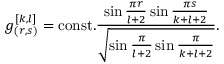
g _ { ( r , s ) } ^ { [ k , l ] } = \mathrm { c o n s t . } { \frac { \sin { \frac { \pi r } { l + 2 } } \sin { \frac { \pi s } { k + l + 2 } } } { \sqrt { \sin { \frac { \pi } { l + 2 } } \sin { \frac { \pi } { k + l + 2 } } } } } .